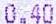
0.40